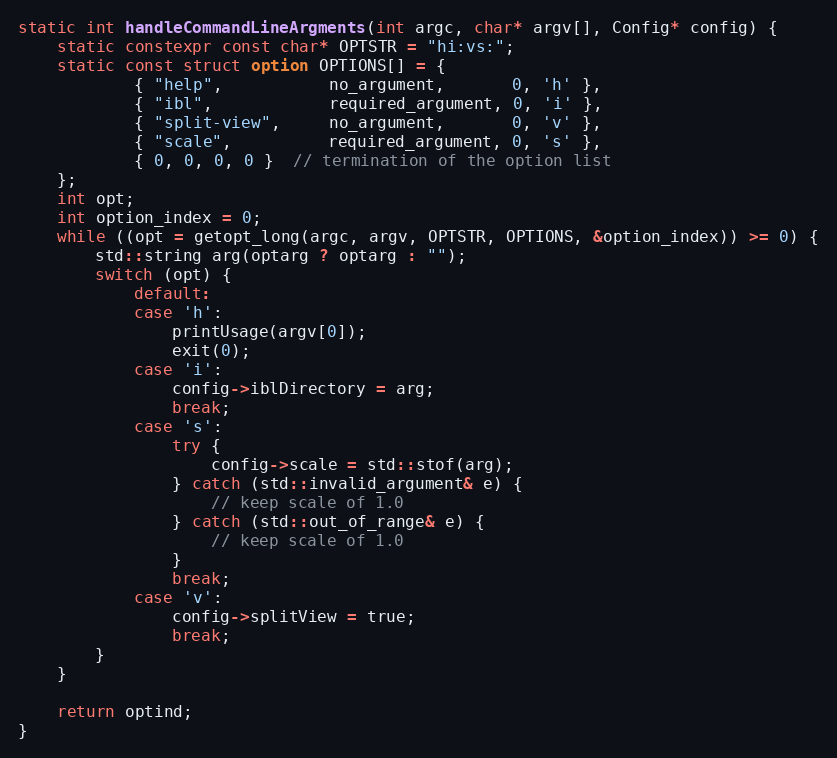
Language: C++
static int handleCommandLineArgments(int argc, char* argv[], Config* config) {
    static constexpr const char* OPTSTR = "hi:vs:";
    static const struct option OPTIONS[] = {
            { "help",           no_argument,       0, 'h' },
            { "ibl",            required_argument, 0, 'i' },
            { "split-view",     no_argument,       0, 'v' },
            { "scale",          required_argument, 0, 's' },
            { 0, 0, 0, 0 }  // termination of the option list
    };
    int opt;
    int option_index = 0;
    while ((opt = getopt_long(argc, argv, OPTSTR, OPTIONS, &option_index)) >= 0) {
        std::string arg(optarg ? optarg : "");
        switch (opt) {
            default:
            case 'h':
                printUsage(argv[0]);
                exit(0);
            case 'i':
                config->iblDirectory = arg;
                break;
            case 's':
                try {
                    config->scale = std::stof(arg);
                } catch (std::invalid_argument& e) {
                    // keep scale of 1.0
                } catch (std::out_of_range& e) {
                    // keep scale of 1.0
                }
                break;
            case 'v':
                config->splitView = true;
                break;
        }
    }

    return optind;
}